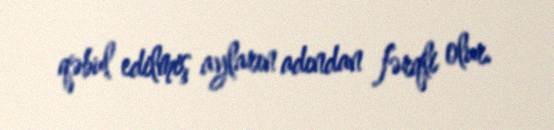
qəbul edilmiş ayların adından fərqli olur.